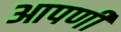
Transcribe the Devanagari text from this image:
आपणी